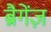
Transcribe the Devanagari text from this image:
ब्रैगेंज़